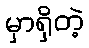
မှာရှိတဲ့